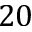
2 0